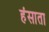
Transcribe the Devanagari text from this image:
हंसाता